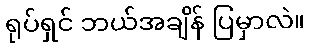
ရုပ်ရှင် ဘယ်အချိန် ပြမှာလဲ။